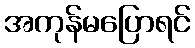
အကုန်မပြောရင်